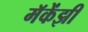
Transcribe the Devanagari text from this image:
मॅकेंझी